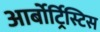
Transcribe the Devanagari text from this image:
आर्बोर्ट्रिस्टिस